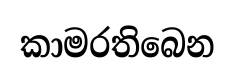
කාමරතිබෙන